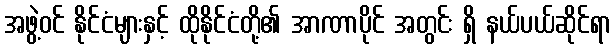
အဖွဲ့ဝင် နိုင်ငံများနှင့် ထိုနိုင်ငံတို့၏ အာဏာပိုင် အတွင်း ရှိ နယ်ပယ်ဆိုင်ရာ